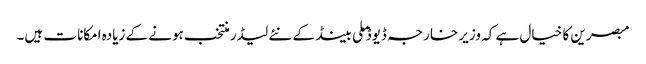
مبصرین کا خیال ہے کہ وزیر خارجہ ڈیوڈ ملی بینڈ کے نئے لیڈر منتخب ہونے کے زیادہ امکانات ہیں۔